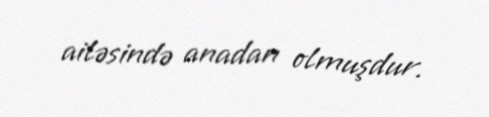
ailəsində anadan olmuşdur.